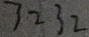
3 2 3 2